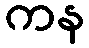
ကန